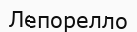
Лепорелло